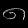
Digit: ၈